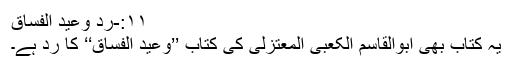
۱۱:-ردّ وعید الفساق
یہ کتاب بھی ابوالقاسم الکعبی المعتزلی کی کتاب ’’وعید الفساق‘‘ کا ردّ ہے۔